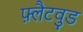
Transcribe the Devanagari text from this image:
फ़्लैटवुड